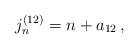
LaTeX: \begin{align*}j_n^{(12)}=n+a_{12}\,, \end{align*}